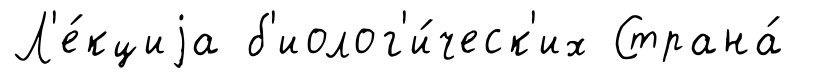
Л'е́кциjа б'иолог'и́ческ'их Страна́